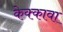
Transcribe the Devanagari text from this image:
केक्कावा